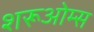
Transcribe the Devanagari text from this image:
शरूओम्स